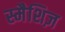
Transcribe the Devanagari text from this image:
स्मैशिज़